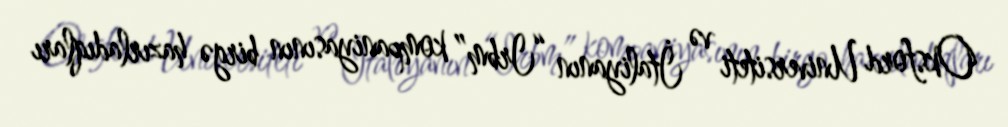
Oksford Universiteti və İtaliyanın “Irbm” kompaniyasının birgə hazırladıqları